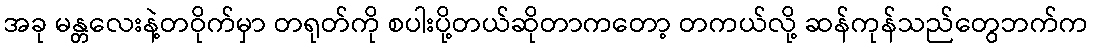
အခု မန္တလေးနဲ့တဝိုက်မှာ တရုတ်ကို စပါးပို့တယ်ဆိုတာကတော့ တကယ်လို့ ဆန်ကုန်သည်တွေဘက်က